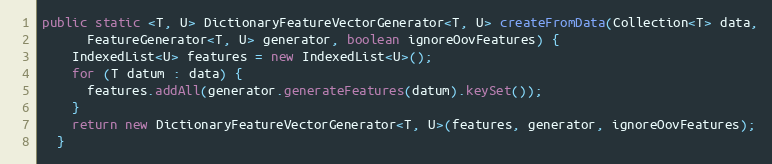
Language: Java
public static <T, U> DictionaryFeatureVectorGenerator<T, U> createFromData(Collection<T> data,
      FeatureGenerator<T, U> generator, boolean ignoreOovFeatures) {
    IndexedList<U> features = new IndexedList<U>();
    for (T datum : data) {
      features.addAll(generator.generateFeatures(datum).keySet());
    }
    return new DictionaryFeatureVectorGenerator<T, U>(features, generator, ignoreOovFeatures);
  }